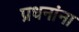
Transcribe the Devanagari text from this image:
प्रधनांना